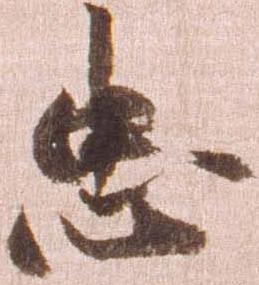
忠